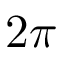
2 \pi